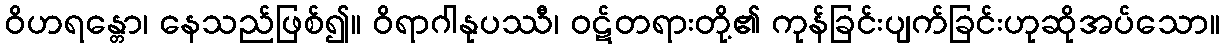
ဝိဟရန္တော၊ နေသည်ဖြစ်၍။ ဝိရာဂါနုပဿီ၊ ဝဋ်တရားတို့၏ ကုန်ခြင်းပျက်ခြင်းဟုဆိုအပ်သော။